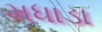
મધાડા